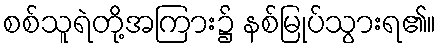
စစ်သူရဲတို့အကြား၌ နစ်မြုပ်သွားရ၏။